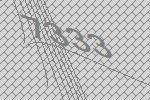
7333